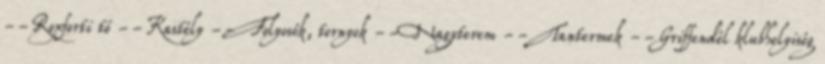
--Roxforti tó --Kastély --Folyosók, tornyok --Nagyterem --Tantermek --Griffendél klubhelyiség